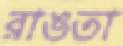
রাঙতা